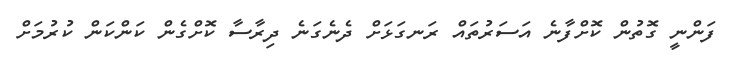
ފަންނީ ގޮތުން ކޮށްފާނެ އަސަރުތައް ރަނގަޅަށް ދެނެގަނެ ދިރާސާ ކޮށްގެން ކަންކަން ކުރުމަށް